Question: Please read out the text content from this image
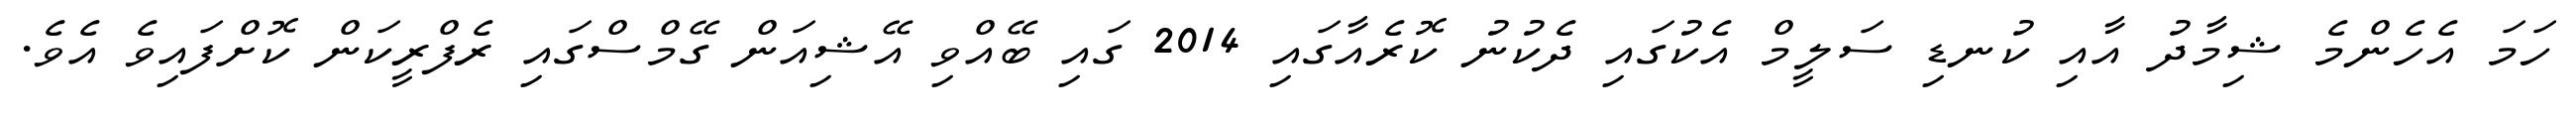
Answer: ހަމަ އެހެންމެ ޝިމާދު އާއި ކުނޑި ސަލީމް އެކުގައި ދެކުނު ކޮރެއާގައި 2014 ގައި ބޭއްވި އޭޝިއަން ގޭމްސްގައި ރެފްރީކަން ކޮށްފައިވެ އެވެ.